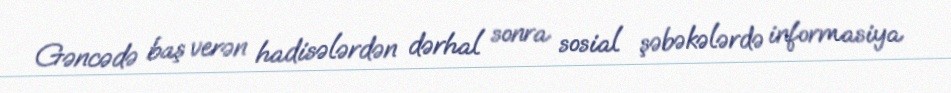
Gəncədə baş verən hadisələrdən dərhal sonra sosial şəbəkələrdə informasiya